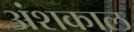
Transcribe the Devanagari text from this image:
अंशकाल